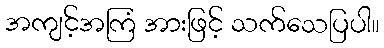
အကျင့်အကြံ အားဖြင့် သက်သေပြပါ။